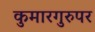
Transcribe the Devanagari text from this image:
कुमारगुरुपर